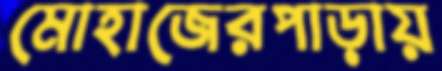
মোহাজেরপাড়ায়